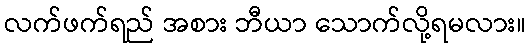
လက်ဖက်ရည် အစား ဘီယာ သောက်လို့ရမလား။